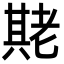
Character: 𬚌